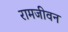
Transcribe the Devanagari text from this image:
रामजीवन